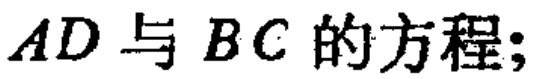
$AD与BC的方程;$